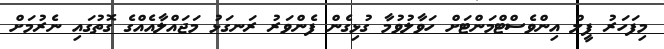
މިފަހަރު ފީލް އިންވެސްޓްމަންޓަށް ހަވާލުވުމާ ގުޅިގެން ފެންވަރު ރަނގަޅު މަޖައްލާއެއްގެ ގޮތުގައި ނެރުމަށް